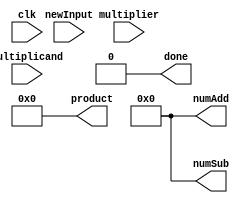
 `define SIZE 32

 module booth(multiplicand, multiplier, clk, newInput, product, done, numAdd, numSub);

    input signed [31:0] multiplicand, multiplier;
    input clk, newInput;

    output reg signed [63:0] product = 64'b0;
    output reg done = 0; 
    output reg [4:0] numAdd = 0, numSub = 0;

    reg [4:0] curr_idx = 0;
    reg curr_multiplier_bit;
    reg prev_multiplier_bit = 0;
    reg signed [31:0] temp_multiplier;

    always @(posedge newInput) begin
        product <= 64'b0;
        curr_idx <= 0;
        prev_multiplier_bit <= 0;
        done <= 0;
        numAdd <= 0;
        numSub <= 0;
    end

    always @(posedge clk) begin
        curr_multiplier_bit <= multiplier[curr_idx];
        #1
        if (curr_multiplier_bit != prev_multiplier_bit) begin
            if (curr_multiplier_bit == 1) begin
                product <= product - (multiplicand << curr_idx);
                numSub <= numSub + 1;
            end
            else begin
                product <= product + (multiplicand << curr_idx);
                numAdd <= numAdd + 1;
            end
        end

        temp_multiplier <= multiplier >>> (curr_idx + 1);
        #1
        if (curr_multiplier_bit == 0) begin
            if (temp_multiplier == 0) begin
                done <= 1;
            end
        end
        else begin
            if(temp_multiplier == -1) begin
                done <= 1;
                
            end
        end

        if (curr_idx == `SIZE - 1) begin
            done <= 1;
        end 
        curr_idx <= curr_idx + 1;
        prev_multiplier_bit <= curr_multiplier_bit;
    end

endmodule